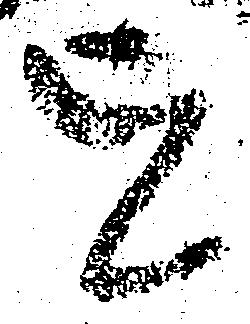
を